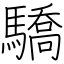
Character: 驕